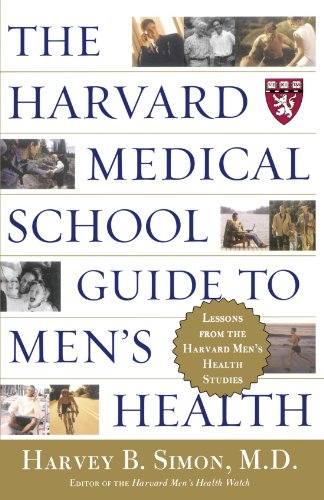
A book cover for The Harvard Medical School Guide to Men's Health: Lessons from the Harvard Men's Health Studies (Well-Being Centre = Centre Du Mieux-Etre (Collection)); Harvey B. Simon; Medical Books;